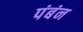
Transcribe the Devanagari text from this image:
पंबंन